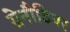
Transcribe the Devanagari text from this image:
ग्रेनौडियर